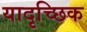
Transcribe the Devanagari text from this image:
यादृच्‍छिक